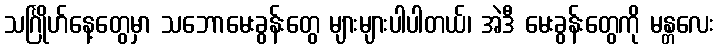
သင်္ဂြိုဟ်နေ့တွေမှာ သဘောမေးခွန်းတွေ များများပါပါတယ်၊ အဲဒီ မေးခွန်းတွေကို မန္တလေး